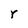
Character: r